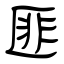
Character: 匪